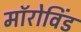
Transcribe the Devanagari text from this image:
मॉरोविंड